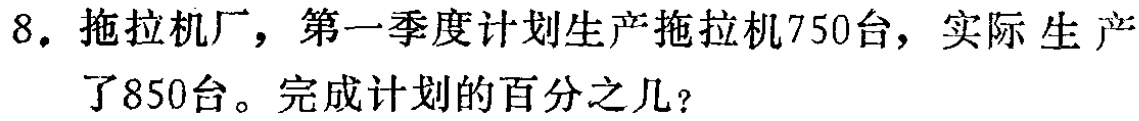
8. 拖拉机厂，第一季度计划生产拖拉机750台，实际生产了850台。完成计划的百分之几？